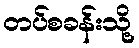
တပ်စခန်းသို့